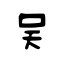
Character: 吴